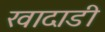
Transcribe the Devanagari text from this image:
खादाडी